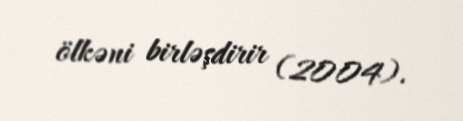
ölkəni birləşdirir (2004).